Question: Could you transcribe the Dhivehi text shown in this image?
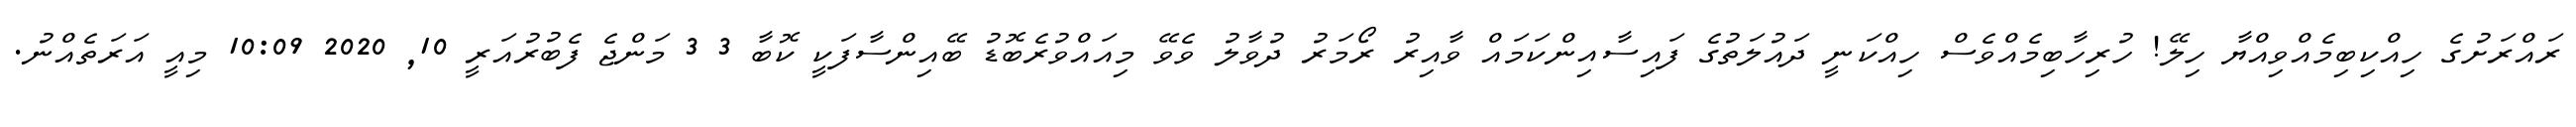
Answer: ރައްރަށުގެ ހިއްކިބިމެއްވިއްޔާ ހިލޭ! ހުރިހާބިމެއްވެސް ހިއްކަނީ ދައުލަތުގެ ފައިސާއިންކަމައް ވާއިރު ރޯމަރު ދުވާލު ވެވޭ މިއައްވުރެބޮޑު ބޭއިންސާފަކީ ކޮބާ 3 3 މަންޖެ ފެބުރުއަރީ 10, 2020 10:09 މިއީ އަރަތެއްނު.